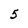
Character: 5